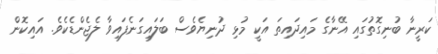
ކަރީނާ ބުނިގޮތުގައި އޭނާގެ މައިދައިތަ އަކީ މުޅި ދުނިޔެވެސް ބަލައިގަނެފައިވާ ލެޖެންޑެކެވެ. އައިކޮން